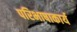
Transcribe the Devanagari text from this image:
परिभाषाकार्य